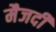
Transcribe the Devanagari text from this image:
मैजदी